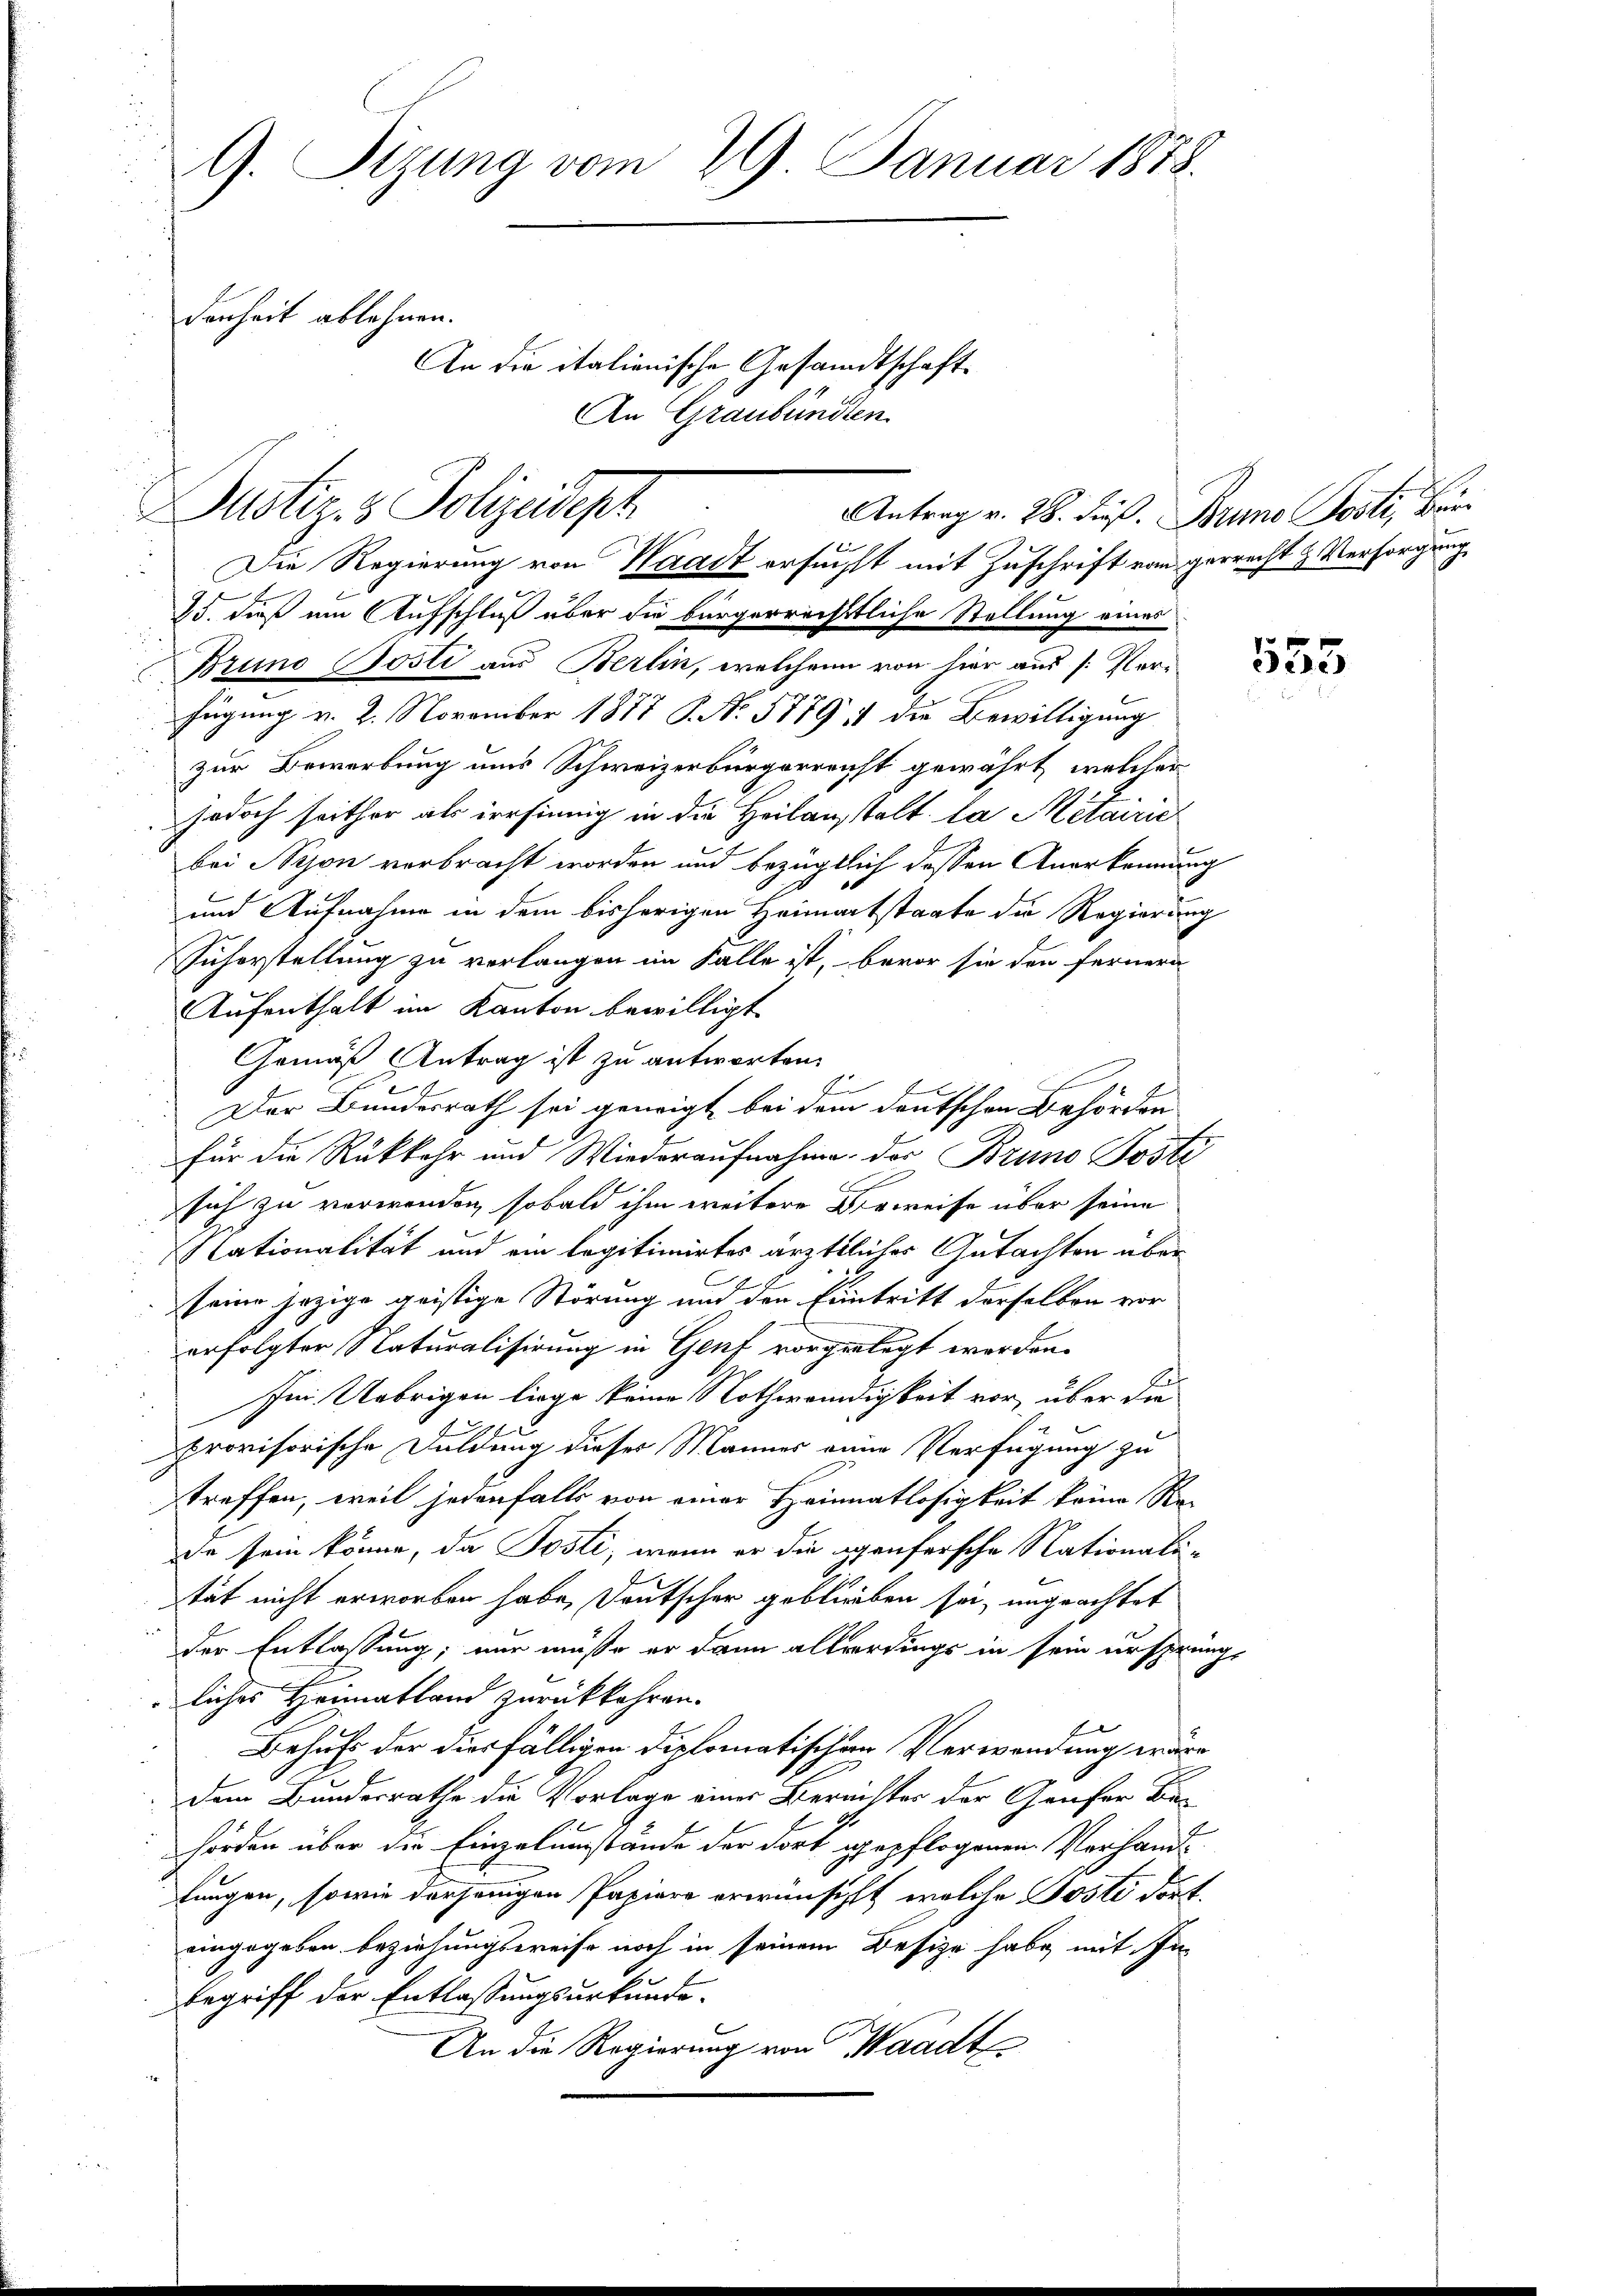
9. Sizung vom 29. Januar 1878.
denheit ablehnen.
An die italienische Gesandtschaft

Justiz & Polizeideph
Die Regierung von Waadt ersucht mit Zuschrift von gerrecht & Versorgung
15. dieß um Aufschluß über die bürgerrechtliche Stellung eines

An Graubünden.

Antrag v. 28. Fuß. Bruno Posti, Br
Bruno Bosti aus Berlin, welchen von hier aus (: Verfügung v. 2. November 1877 P. N. 57791 die Bewilligung
zur Bewerbung uns Schweizerbürgerreicht gewährt, welcher
jedoch seither als irrsinnig in die Heilanstalt la Metairie
bei Nyon verbracht worden und bezüglich dessen Anerkennung
und Aufnahme in dem bisherigen Heimatstaate die Regierung
Siherstellung zu verlangen im Falle ist, bevor sie den fernern
Aufenthalt im Kanton bewilligt.
Gemäß Antrag ist zu antworten.
E
Der Bundesrath sei geneigt, bei dem deutschen Behörden
für die Rükkehr und Wiederaufnahme der Bruno Posti
sich zu verwenden, sobald ihm weitere Beweise über seine
lationalität und ein legitimirtes ärztliches Gutachten über
seine jezige geistige Störung und den Eintritt derselben vor
erfolgter Naturalisirung in Genf vorgelegt worden.
Im Uebrigen liege keine Nothwendigkeit vor, über die
1241
provisorische Duldung dieser Männer einer Verfügung zu
treffen, weil jedenfalls von einer Heimatlosigkeit keine Rade sein könne, da Posti, wenn er die ppenfersche Nationalität nicht erworben habe, Deutscher geblieben sei, ungeachtet
der Entlassung; nur müsse er dann allerdings in sein ursprungs
liches Heimatland zurückkehren.
Behufe der diesfälligen Diplomatischen Verwendung wäre
dem Bundesrathe die Vorlage einer Bernistes der Genfer Be-
hörden über die Einzelumstände der dort gepflogenen Vorhandfungen, sowie derjenigen Papiere erwünscht, welche Posti dort.
eingegeben beziehungsweise noch in seinem Besize habe, mit In-
begriff der Entlassungsurkunde.
An die Regierung von Waadt

555